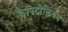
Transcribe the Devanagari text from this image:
कैपिटोलियम